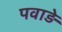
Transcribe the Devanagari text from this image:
पवाड़े